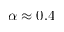
\alpha \approx 0 . 4